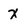
Character: x